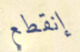
إنقطع